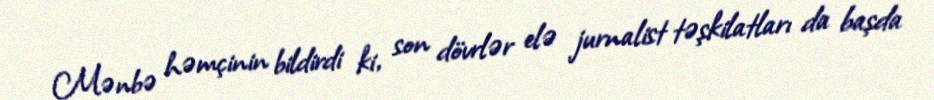
Mənbə həmçinin bildirdi ki, son dövrlər elə jurnalist təşkilatları da başda